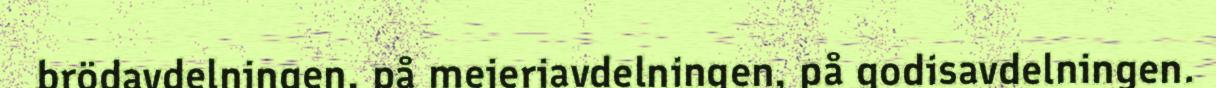
brödavdelningen, på mejeriavdelningen, på godisavdelningen.